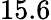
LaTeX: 15.6